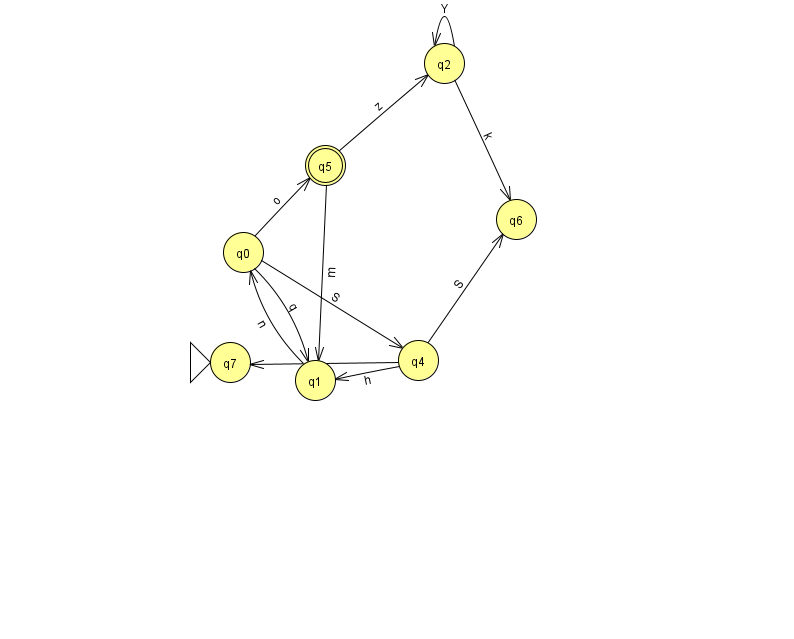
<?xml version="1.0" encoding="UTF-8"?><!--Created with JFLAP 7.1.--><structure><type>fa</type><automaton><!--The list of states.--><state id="0" name="q0"><x>243.0</x><y>239.0</y></state><state id="1" name="q1"><x>315.0</x><y>367.0</y></state><state id="2" name="q2"><x>444.0</x><y>50.0</y></state><state id="4" name="q4"><x>418.0</x><y>347.0</y></state><state id="5" name="q5"><x>325.0</x><y>152.0</y><final/></state><state id="6" name="q6"><x>516.0</x><y>206.0</y></state><state id="7" name="q7"><x>230.0</x><y>349.0</y><initial/></state><!--The list of transitions.--><transition><from>5</from><to>1</to><read>m</read></transition><transition><from>5</from><to>2</to><read>z</read></transition><transition><from>4</from><to>6</to><read>S</read></transition><transition><from>1</from><to>0</to><read>n</read></transition><transition><from>0</from><to>1</to><read>q</read></transition><transition><from>2</from><to>2</to><read>Y</read></transition><transition><from>4</from><to>1</to><read>h</read></transition><transition><from>2</from><to>6</to><read>k</read></transition><transition><from>0</from><to>4</to><read>S</read></transition><transition><from>0</from><to>5</to><read>o</read></transition><transition><from>4</from><to>7</to><read>f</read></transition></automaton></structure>